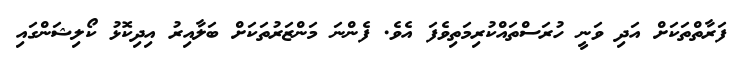
ފަރާތްތަކަށް އަދި ވަނީ ހުރަސްތައްކުރިމަތިވެފަ އެވެ. ފެންނަ މަންޒަރުތަކަށް ބަލާއިރު އިދިކޮޅު ކޯލިޝަންގައި